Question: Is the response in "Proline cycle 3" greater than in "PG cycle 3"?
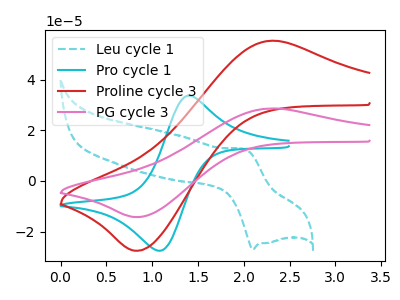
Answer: <think>The cyan dashed curve "Leu cycle 1" has an anodic peak at (2.00V, 12.45uA) and a cathodic peak at (2.10V, -27.00uA). The cyan curve "Pro cycle 1" has an anodic peak at (1.40V, 33.65uA) and a cathodic peak at (1.10V, -27.55uA). The red curve "Proline cycle 3" has an anodic peak at (2.30V, 55.35uA) and a cathodic peak at (0.85V, -27.50uA). The pink curve "PG cycle 3" has an anodic peak at (2.30V, 28.60uA) and a cathodic peak at (0.85V, -14.20uA).
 All the peaks in "Proline cycle 3" have a peak in "PG cycle 3" at the same potential. Every peak in "Proline cycle 3" is higher than every peak in "PG cycle 3".</think>
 <answer>"Proline cycle 3" has more signal than "PG cycle 3".</answer>
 <eval>more_signal</eval>